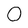
Character: 0